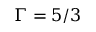
\Gamma = 5 / 3